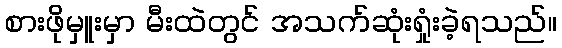
စားဖိုမှူးမှာ မီးထဲတွင် အသက်ဆုံးရှုံးခဲ့ရသည်။